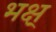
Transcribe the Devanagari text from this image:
भक्ष्